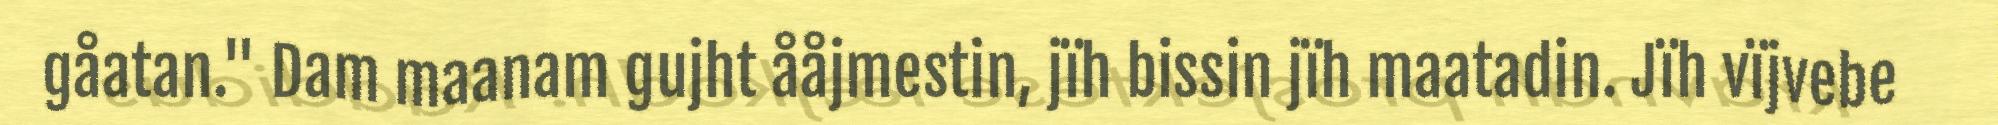
gåatan." Dam maanam gujht ååjmestin, jïh bissin jïh maatadin. Jïh vïjvebe